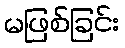
မဖြစ်ခြင်း